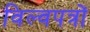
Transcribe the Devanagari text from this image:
विल्वपत्रों